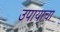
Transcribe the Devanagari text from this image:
उपायाचा